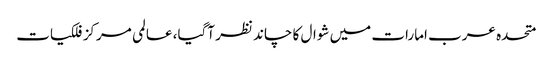
متحدہ عرب امارات میں شوال کا چاند نظر آگیا، ‌عالمی مرکز فلکیات